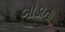
બાડાના